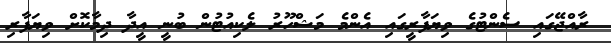
ރާއްޖޭގައި ސެންޓުގެ ވިޔަފާރީގައި އެންމެ މަޝްހޫރު ލެކިއުޓުން ބުނީ އީދާ ދިމާކޮށް ވިޔަފާރި